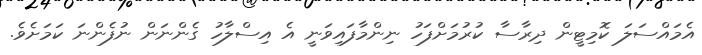
އެމައްސަލަ ކޮމިޓީން ދިރާސާ ކުރުމަށްފަހު ނިންމާފައިވަނީ އެ އިސްލާހު ގެންނަން ނުފެންނަ ކަމަށެވެ.